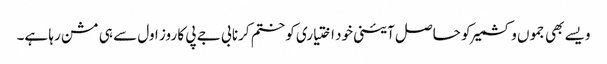
ویسے بھی جموں وکشمیر کو حاصل آئینی خود اختیاری کو ختم کرنا بی جے پی کا روز اول سے ہی مشن رہا ہے۔